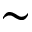
\sim